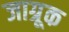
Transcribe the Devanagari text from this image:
जाग्रूक